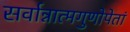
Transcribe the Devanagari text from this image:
सर्वान्नात्मगुणोपेतां